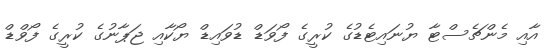
އާއި މެންޗެސްޓާ ޔުނައިޓެޑުގެ ކުރީގެ ފޯވަޑް ޑުވައިޑް ޔޯކާއި ޖަޕާނުގެ ކުރީގެ ފޯވްޑް